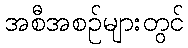
အစီအစဉ်များတွင်